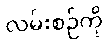
လမ်းစဉ်ကို